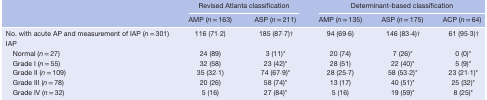
| <ROWSPAN=2>  | <COLSPAN=2> Revised Atlanta classification | <COLSPAN=3> Determinant‐based classification |
 | AMP (n = 163) | ASP (n = 211) | AMP (n = 135) | ASP (n = 175) | ACP (n = 64) |
 | --- | --- | --- | --- | --- | --- |
 | No. with acute AP and measurement of IAP (n = 301) | 116 (71·2) | 185 (87·7)† | 94 (69·6) | 146 (83·4)† | 61 (95·3)† |
 | IAP |  |  |  |  |  |
 | Normal (n = 27) | 24 (89) | 3 (11)* | 20 (74) | 7 (26)* | 0 (0)* |
 | Grade I (n = 55) | 32 (58) | 23 (42)* | 28 (51) | 22 (40)* | 5 (9)* |
 | Grade II (n = 109) | 35 (32·1) | 74 (67·9)* | 28 (25·7) | 58 (53·2)* | 23 (21·1)* |
 | Grade III (n = 78) | 20 (26) | 58 (74)* | 13 (17) | 40 (51)* | 25 (32)* |
 | Grade IV (n = 32) | 5 (16) | 27 (84)* | 5 (16) | 19 (59)* | 8 (25)* |